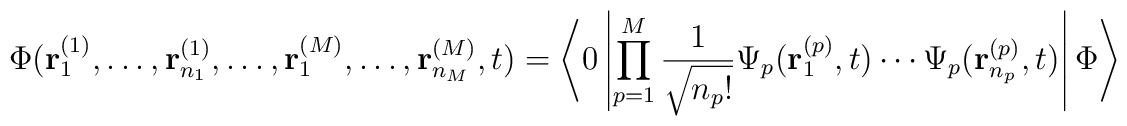
\Phi({\bf r}_1^{(1)},\ldots,{\bf r}_{n_1}^{(1)},\ldots,{\bf r}_1^{(M)},\ldots,                                                    {\bf r}_{n_M}^{(M)},t)  =\left\langle 0\left|\prod_{p=1}^M\frac{1}{\sqrt{n_p !}}\Psi_p   ({\bf r}_1^{(p)},t)   \cdots\Psi_p({\bf r}_{n_p}^{(p)},t)\right|\Phi\right\rangle